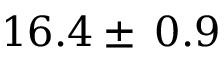
1 6 . 4 \pm \: 0 . 9